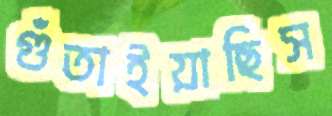
গুঁতাইয়াছিস